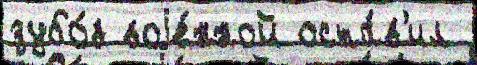
зубо́в воjе́нной оста́в'ил